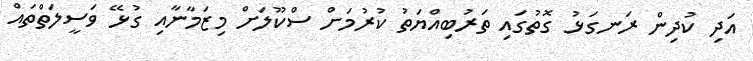
އަދި ކުދިން ރަނގަޅު ގޮތުގައި ތަރުބިއްޔަތު ކުރުމަށް ސްކޫލަށް މިޒަމާނާއި ގުޅޭ ވަސީލަތްތައް